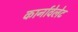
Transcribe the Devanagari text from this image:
कार्नावेलेट